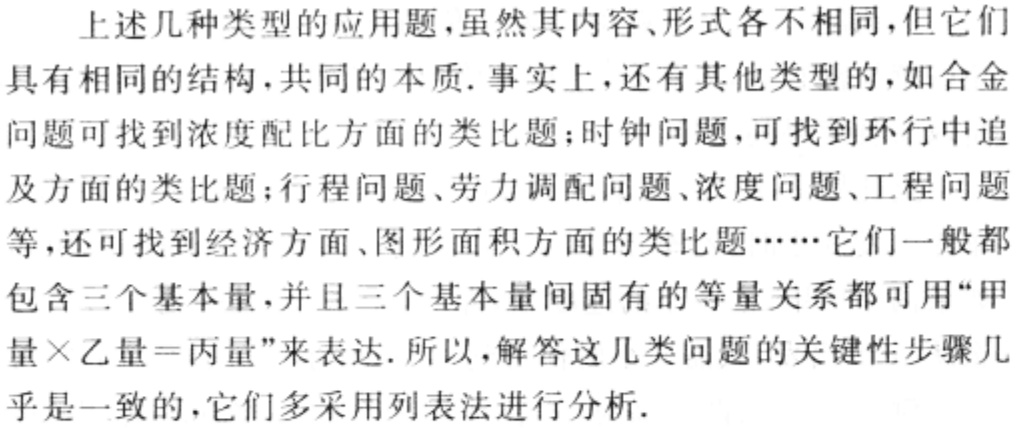
上述几种类型的应用题，虽然其内容、形式各不相同，但它们具有相同的结构，共同的本质. 事实上，还有其他类型的，如合金问题可找到浓度配比方面的类比题；时钟问题，可找到环行中追及方面的类比题；行程问题、劳力调配问题、浓度问题、工程问题等，还可找到经济方面、图形面积方面的类比题……它们一般都包含三个基本量，并且三个基本量间固有的等量关系都可用“甲量×乙量＝丙量”来表达. 所以，解答这几类问题的关键性步骤几乎是一致的，它们多采用列表法进行分析.